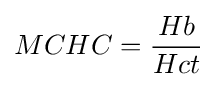
MCHC={\frac {Hb}{Hct}}